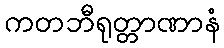
ကတဘီရုတ္တာဏာနံ